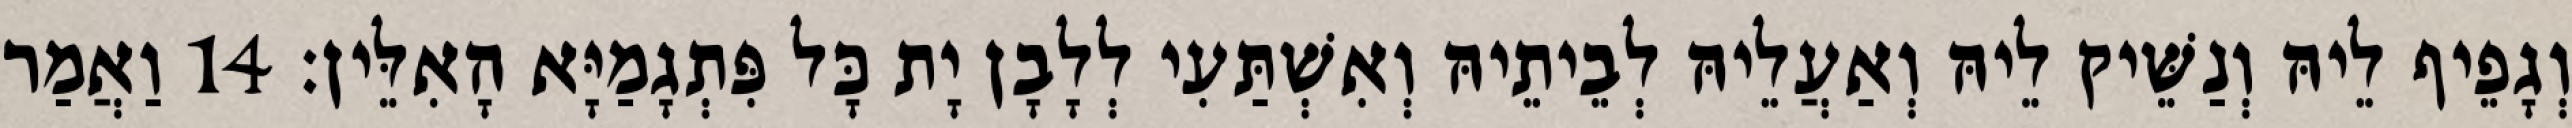
וְגָפֵיף לֵיהּ וְנַשֵּׁיק לֵיהּ וְאַעֲלֵיהּ לְבֵיתֵיהּ וְאִשְׁתַּעִי לְלָבָן יָת כָּל פִּתְגָמַיָּא הָאִלֵּין׃ 14 וַאֲמַר